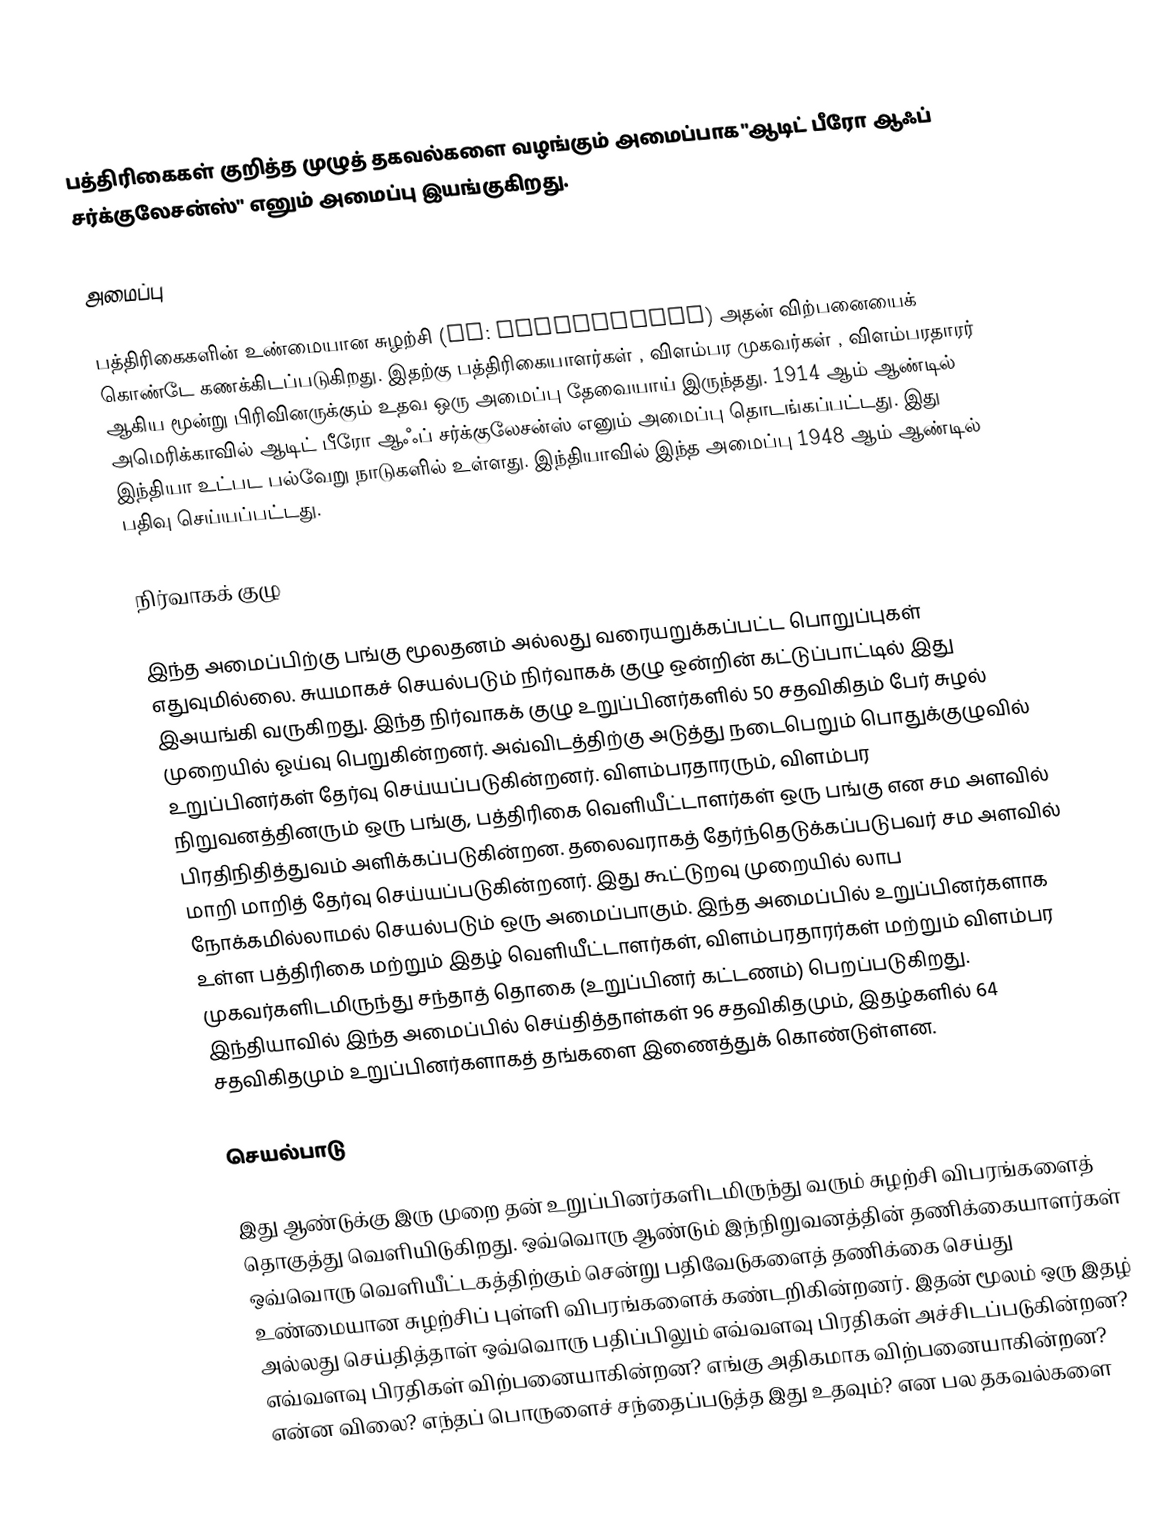
பத்திரிகைகள் குறித்த முழுத் தகவல்களை வழங்கும் அமைப்பாக "ஆடிட் பீரோ ஆஃப் சர்க்குலேசன்ஸ்" எனும் அமைப்பு இயங்குகிறது.

அமைப்பு

பத்திரிகைகளின் உண்மையான சுழற்சி (en: circulation) அதன் விற்பனையைக் கொண்டே கணக்கிடப்படுகிறது. இதற்கு பத்திரிகையாளர்கள் , விளம்பர  முகவர்கள் ,  விளம்பரதாரர் ஆகிய மூன்று பிரிவினருக்கும் உதவ ஒரு அமைப்பு தேவையாய் இருந்தது. 1914 ஆம் ஆண்டில் அமெரிக்காவில்  ஆடிட் பீரோ ஆஃப் சர்க்குலேசன்ஸ் எனும் அமைப்பு தொடங்கப்பட்டது. இது இந்தியா உட்பட பல்வேறு நாடுகளில் உள்ளது. இந்தியாவில் இந்த அமைப்பு 1948 ஆம் ஆண்டில் பதிவு செய்யப்பட்டது.

நிர்வாகக் குழு

இந்த அமைப்பிற்கு பங்கு மூலதனம் அல்லது வரையறுக்கப்பட்ட பொறுப்புகள் எதுவுமில்லை. சுயமாகச் செயல்படும் நிர்வாகக் குழு ஒன்றின் கட்டுப்பாட்டில் இது இஅயங்கி வருகிறது. இந்த நிர்வாகக் குழு உறுப்பினர்களில் 50 சதவிகிதம் பேர் சுழல் முறையில் ஓய்வு பெறுகின்றனர். அவ்விடத்திற்கு அடுத்து நடைபெறும் பொதுக்குழுவில் உறுப்பினர்கள் தேர்வு செய்யப்படுகின்றனர். விளம்பரதாரரும், விளம்பர நிறுவனத்தினரும் ஒரு பங்கு, பத்திரிகை வெளியீட்டாளர்கள் ஒரு பங்கு என சம அளவில் பிரதிநிதித்துவம் அளிக்கப்படுகின்றன. தலைவராகத் தேர்ந்தெடுக்கப்படுபவர் சம அளவில் மாறி மாறித் தேர்வு செய்யப்படுகின்றனர். இது கூட்டுறவு முறையில் லாப நோக்கமில்லாமல் செயல்படும் ஒரு அமைப்பாகும். இந்த அமைப்பில் உறுப்பினர்களாக உள்ள பத்திரிகை மற்றும் இதழ் வெளியீட்டாளர்கள், விளம்பரதாரர்கள் மற்றும் விளம்பர முகவர்களிடமிருந்து சந்தாத் தொகை (உறுப்பினர் கட்டணம்) பெறப்படுகிறது. இந்தியாவில் இந்த அமைப்பில் செய்தித்தாள்கள் 96 சதவிகிதமும், இதழ்களில் 64 சதவிகிதமும் உறுப்பினர்களாகத் தங்களை இணைத்துக் கொண்டுள்ளன.

செயல்பாடு

இது ஆண்டுக்கு இரு முறை தன் உறுப்பினர்களிடமிருந்து வரும் சுழற்சி விபரங்களைத் தொகுத்து வெளியிடுகிறது. ஒவ்வொரு ஆண்டும் இந்நிறுவனத்தின் தணிக்கையாளர்கள் ஒவ்வொரு வெளியீட்டகத்திற்கும் சென்று பதிவேடுகளைத் தணிக்கை செய்து உண்மையான சுழற்சிப் புள்ளி விபரங்களைக் கண்டறிகின்றனர். இதன் மூலம் ஒரு இதழ் அல்லது செய்தித்தாள் ஒவ்வொரு பதிப்பிலும் எவ்வளவு பிரதிகள் அச்சிடப்படுகின்றன? எவ்வளவு பிரதிகள் விற்பனையாகின்றன? எங்கு அதிகமாக விற்பனையாகின்றன? என்ன விலை? எந்தப் பொருளைச் சந்தைப்படுத்த இது உதவும்? என பல தகவல்களை